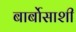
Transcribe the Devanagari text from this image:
बार्बोसाशी